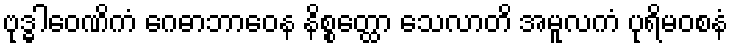
ဗုဒ္ဓါဝေဏိကံ ဂေဓာဘာဝေန နိစ္စတ္ထော သေလာတိ အမူလကံ ပုရိမဝစနံ